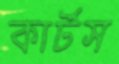
কার্টস